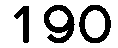
190